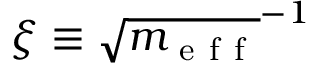
\xi \equiv \sqrt { m _ { \mathrm { ~ e ~ f ~ f ~ } } } ^ { - 1 }